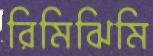
রিমিঝিমি